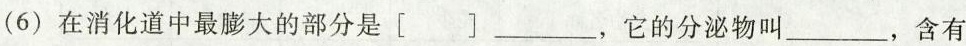
(6)在消化道中最膨大的部分是[]___，它的分泌物叫___，含有